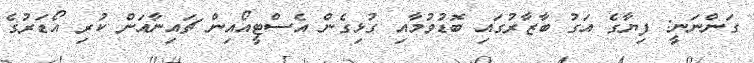
ގަންނަނީ: ފިޔާގެ އަގު ބާޒާރުގައި ބޮޑުވުމާއި ގުޅިގެން އެސްޓީއޯއިން ޗައިނާއަށް ކުރި އޯޑަރުގެ